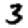
Digit: 3